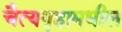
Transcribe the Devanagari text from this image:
चैत्यगृहामधील